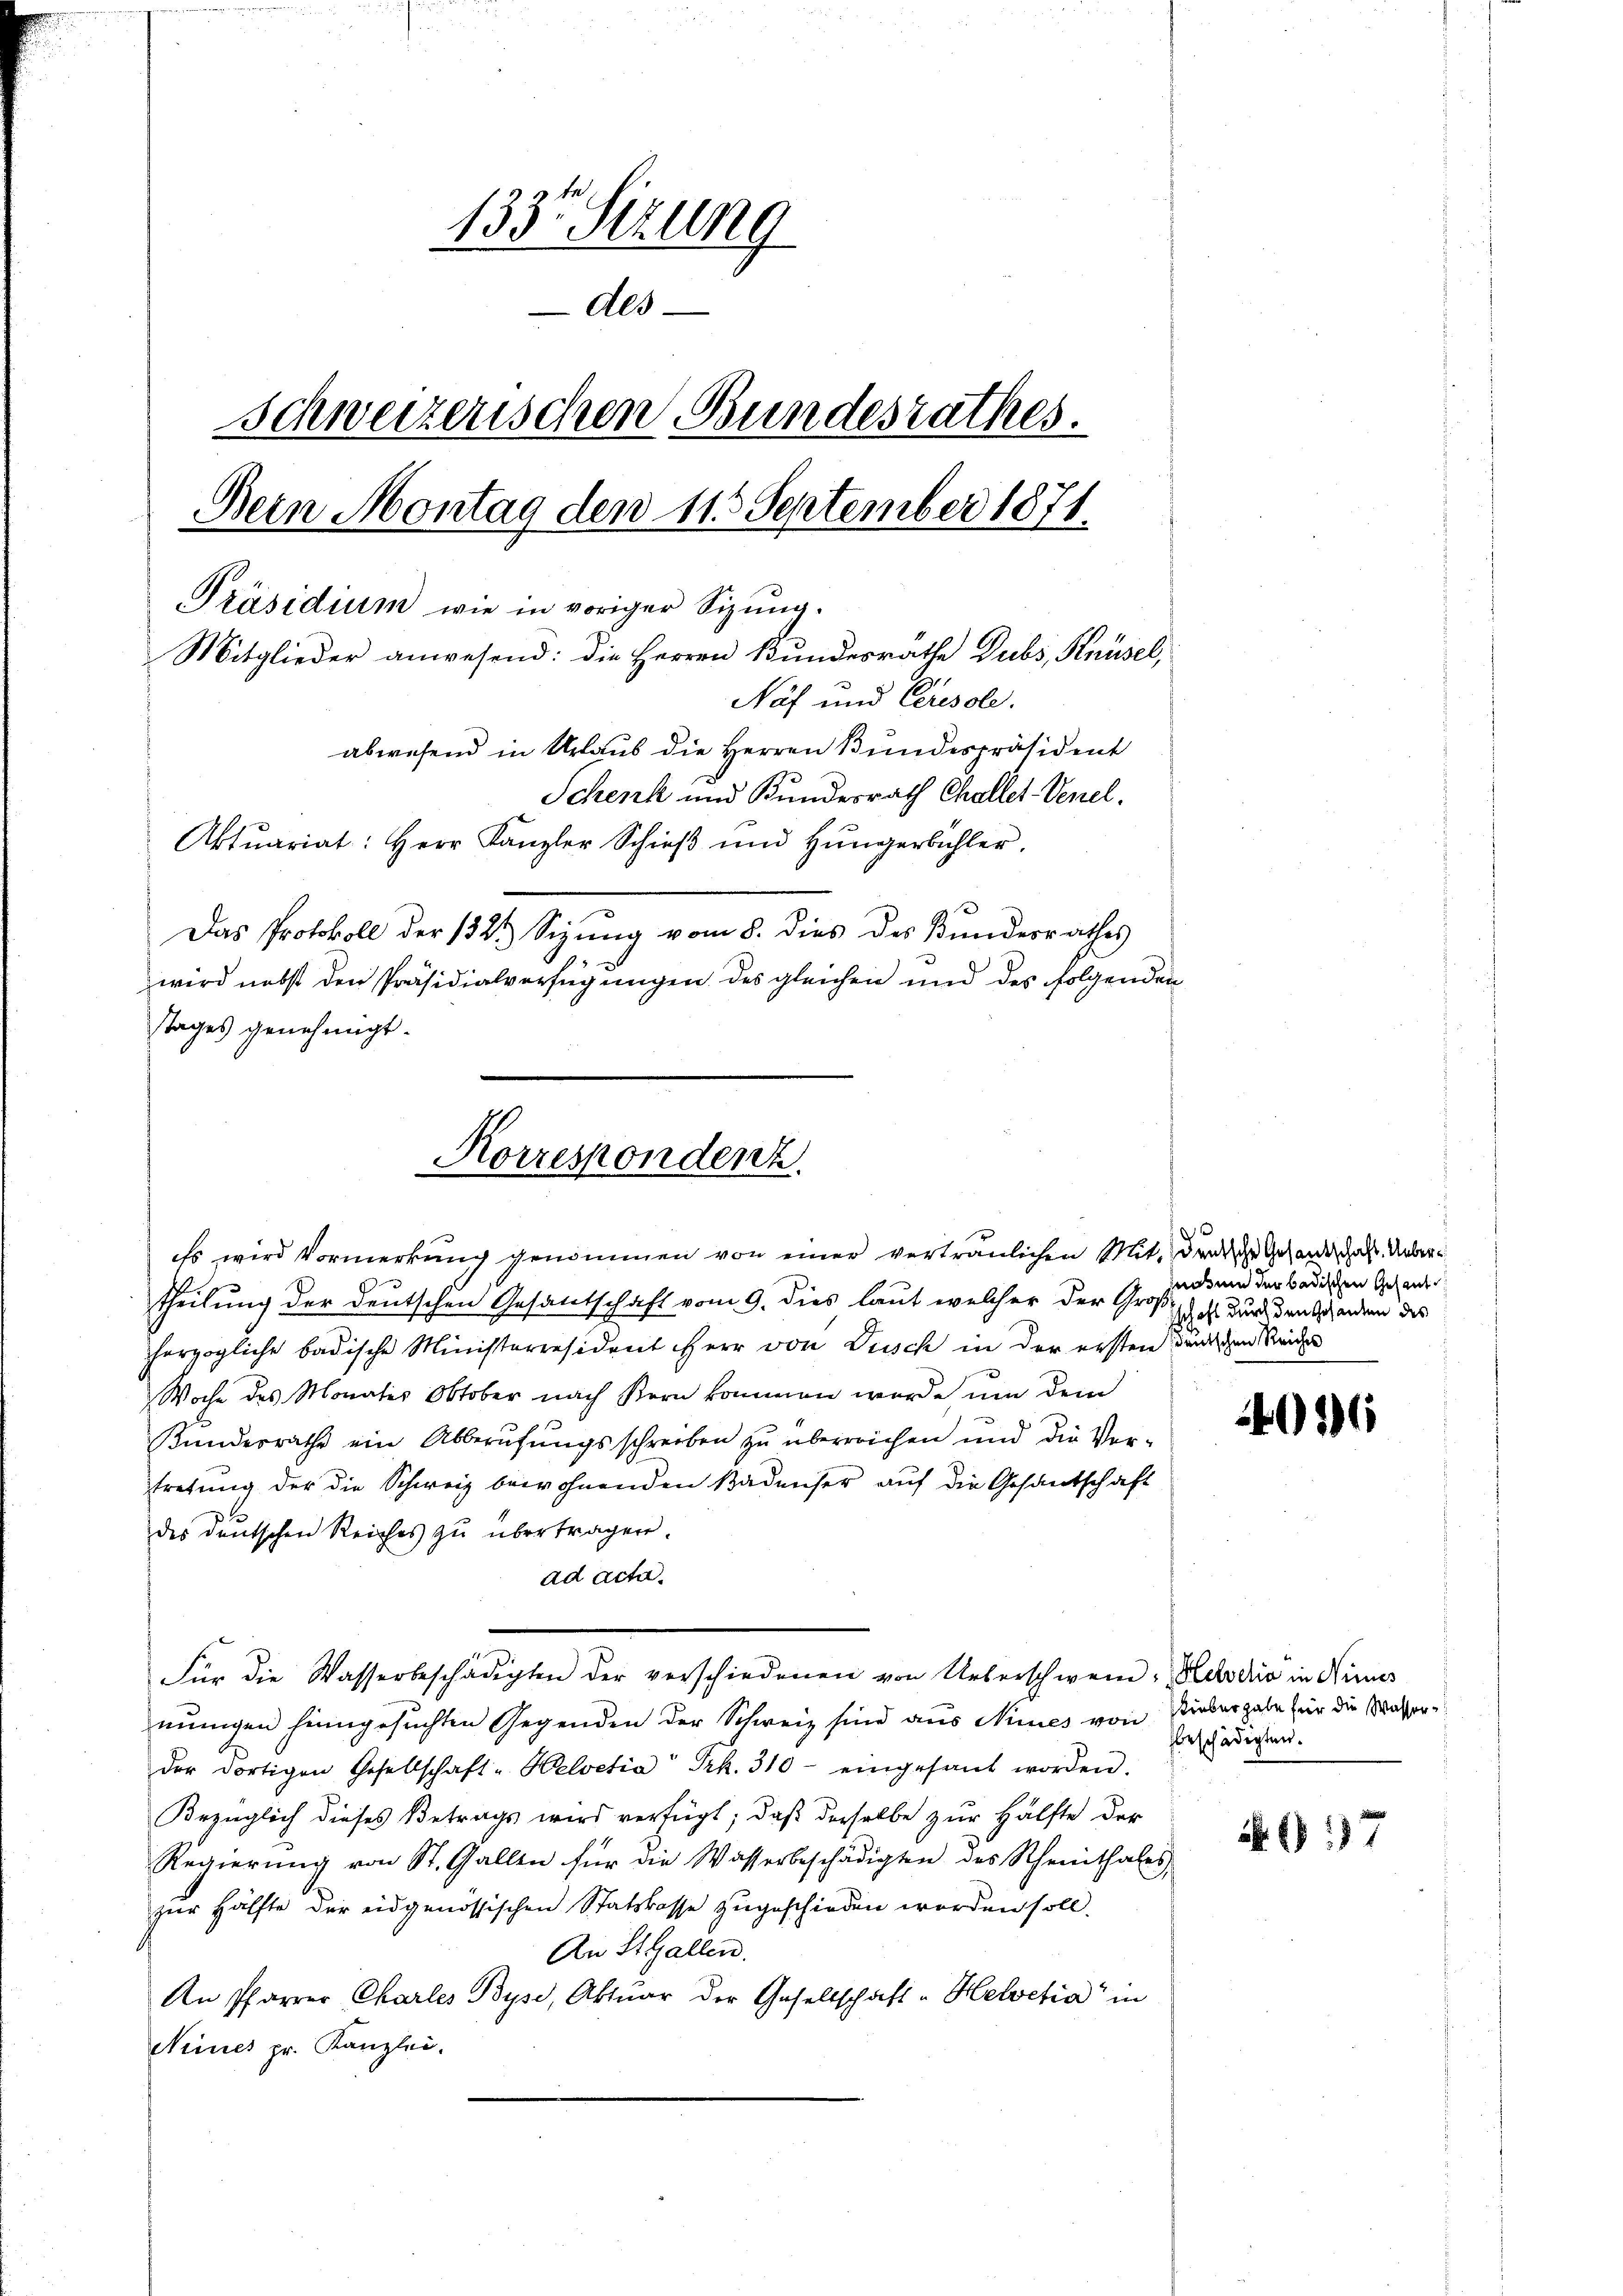
1335 Sitzung
Als
Schweizerischen Bundesrathes.
Bein Montag den 115 September 1871.
Präsidium wie in voriger Sizŭng.
Mitglieder anwesend: die Herren Bundesrathe Dubs, Knüsel,
Näf und Ceresole.
abwesend in Urlaub die Herren Bundespräsident
Schenk und Bundesrath Challet-Venel.
Aktuariat: Herr Kanzler Schieβ ŭnd Hüngerbühler,
Das Protokoll der 1321) Sizung vom 8. dies des Bundesrathes
wird nebst den Präsidialverfügungen des gleichen und des folgenden
stages genehmigt.

Korrespondenz.

eEs wird Vormerkung genommen von einer verträulichen Mit denische Gesandschaft. Uebertheilung der deutschen Gesantschaft vom 9. dies laut welcher der Groß
herzogliche badische Ministerresident Herr von Dusch in der ersten deinschen Reiche
Woche des Monatis Oktober nach Kern kommen werde, um dem
Kunderrathe ein Abberufungsschreiben zu überreichen und die Vertretung der die Schweiz bewohnenden Badenser auf die Gesandschaft
des deutschen Reiches zŭ übertragen.
ad acta.
mungen heimgesuchten Gegenden der Schweiz sind aus Neues von Rieber gabe für die Wasserder dortigen Gesellschaft - Helvetia Frk. 310 eingesant worden.
Bezüglich dieses Betrags wird verfügt, daβ derselbe zur Hälfte der
Regierŭng von St. Gallen für die Wasserbeschädigten des Schenthales,
zur Hälfte der eidgenössischen Statskasse zugeschieden worden soll.
An StGallen.
An Pfarrer Charles Byse, Aktuar der Gesellschaft "Helvetia" in
Neines pr. Kanzlei.

Für die Wasserbeschädigten der verschiedenen von Ueberschwein, Helodiis in Nies

notum der badischen Gesand
Gschaft durch den Gesanden des

2

16

beschädigten.

G17